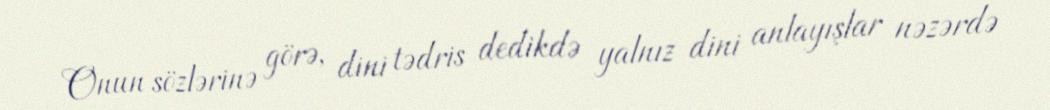
Onun sözlərinə görə, dini tədris dedikdə yalnız dini anlayışlar nəzərdə